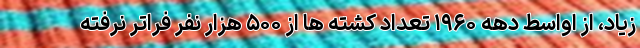
زیاد، از اواسط دهه ۱۹۶۰ تعداد کشته ها از ۵۰۰ هزار نفر فراتر نرفته